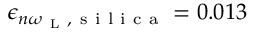
\epsilon _ { n \omega _ { \mathrm { ~ L ~ } } , \mathrm { ~ s ~ i ~ l ~ i ~ c ~ a ~ } } = 0 . 0 1 3